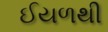
ઈયળથી